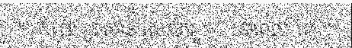
"""កំព្រា ប្រាសាទ ស្រះកែវ """" នៅពេល គេ"""